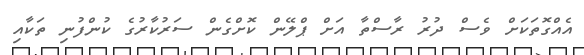
އެއްގޮތަަކަށް ވެސް ދުރު ރާސްތާ އަށް ޕްލޭން ކޮށްގެން ސަރުކާރުގެ ކުންފުނި ތަކާއި